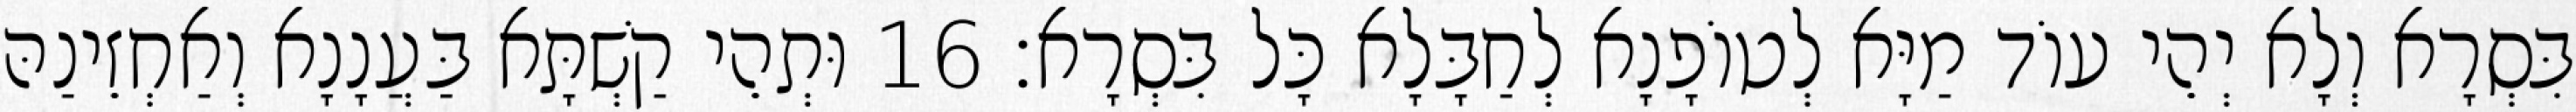
בִּסְרָא וְלָא יְהֵי עוֹד מַיָּא לְטוֹפָנָא לְחַבָּלָא כָּל בִּסְרָא׃ 16 וּתְהֵי קַשְׁתָּא בַּעֲנָנָא וְאַחְזֵינַהּ